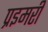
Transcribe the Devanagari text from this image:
प्रइमरी